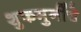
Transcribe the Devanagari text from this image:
शुकमुनींचे